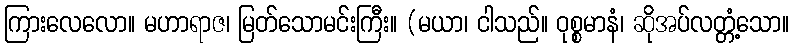
ကြားလေလော။ မဟာရာဇ၊ မြတ်သောမင်းကြီး။ (မယာ၊ ငါသည်။ ဝုစ္စမာနံ၊ ဆိုအပ်လတ္တံ့သော။